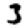
Digit: 3